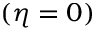
( \eta = 0 )